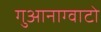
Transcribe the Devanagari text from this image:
गुआनाग्वाटो